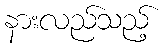
နားလည်သည့်